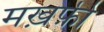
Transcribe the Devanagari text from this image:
मख़फ़ी